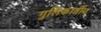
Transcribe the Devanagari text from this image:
गुलिकार्तीय